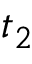
t _ { 2 }